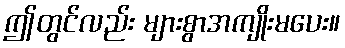
ဤတွင်လည်း များစွာအကျိုးမပေး။